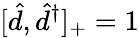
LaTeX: [\hat{d},\hat{d}^{\dagger}]_{+}=1